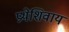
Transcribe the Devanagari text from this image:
प्रथेशिवाय